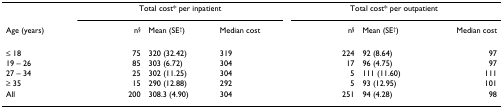
|  | <COLSPAN=3> Total cost* per inpatient | <COLSPAN=3> Total cost* per outpatient |
 | Age (years) | n§ | Mean (SE†) | Median cost | n§ | Mean (SE†) | Median cost |
 | --- | --- | --- | --- | --- | --- | --- |
 | ≤ 18 | 75 | 320 (32.42) | 319 | 224 | 92 (8.64) | 97 |
 | 19 – 26 | 85 | 303 (6.72) | 304 | 17 | 96 (4.75) | 97 |
 | 27 – 34 | 25 | 302 (11.25) | 304 | 5 | 111 (11.60) | 111 |
 | ≥ 35 | 15 | 290 (12.88) | 292 | 5 | 93 (12.95) | 101 |
 | All | 200 | 308.3 (4.90) | 304 | 251 | 94 (4.28) | 98 |